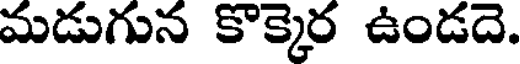
మడుగున కొక్కెర ఉండదె.